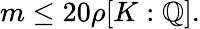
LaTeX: m\leq 20\rho[K:\mathbb{Q}].